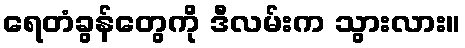
ရေတံခွန်တွေကို ဒီလမ်းက သွားလား။